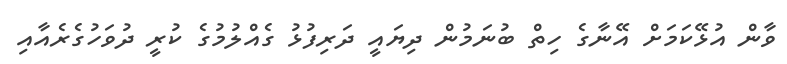
ވާން އުޅޭކަމަށް އޭނާގެ ހިތް ބުނަމުން ދިޔައީ ދަރިފުޅު ގެއްލުމުގެ ކުރީ ދުވަހުގެރެއާއި